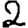
Digit: 2